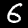
Label: 6